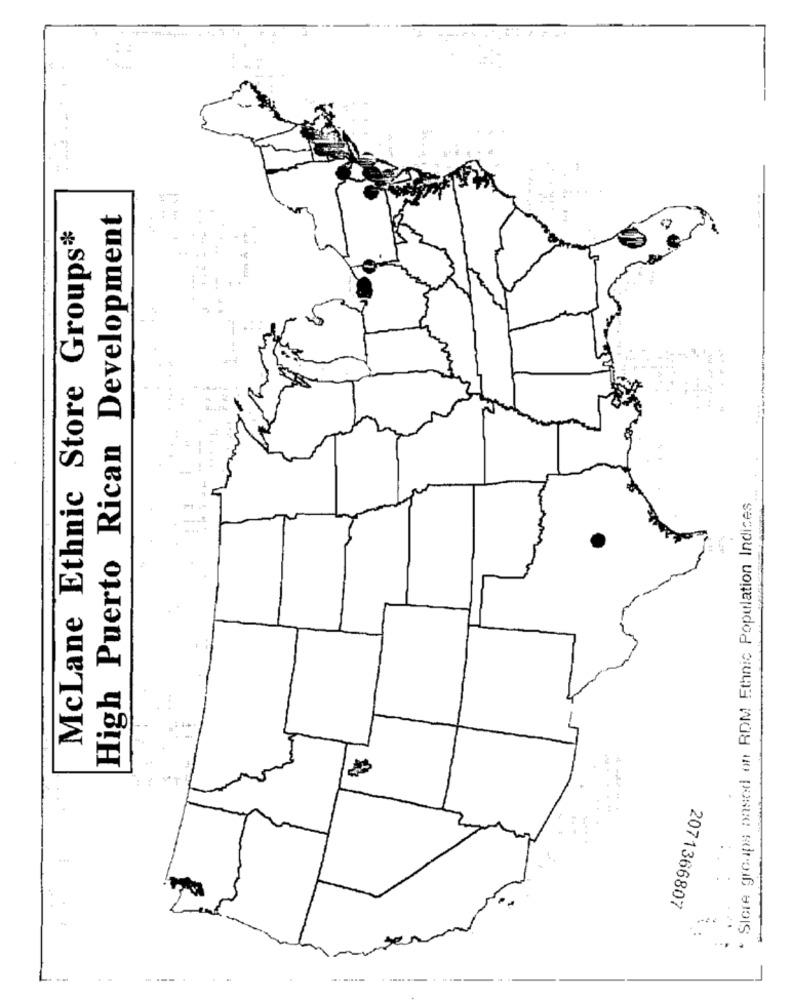
----
High Puerto Rican Development
McLane Ethnic Store Groups*
* Slore groups based on RDM Ethnic Population Indices
--..
:
2071366807